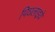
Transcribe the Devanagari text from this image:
पिघलाइये